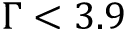
\Gamma < 3 . 9